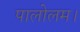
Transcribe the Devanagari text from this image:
पालोलम।